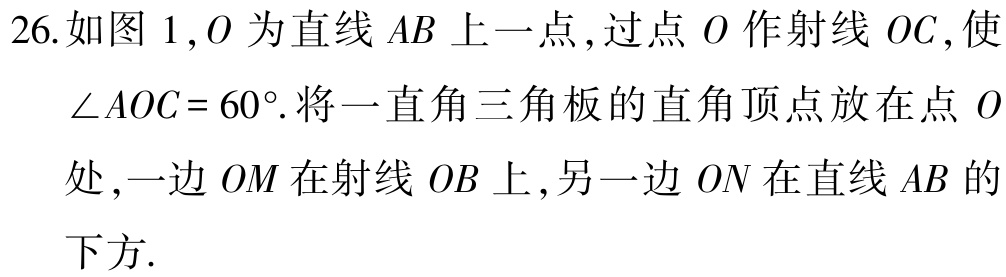
26.如图 1,$O$为直线$AB$上一点,过点$O$作射线$OC$,使

$\angle AOC = 60^{\circ}$.将一直角三角板的直角顶点放在点$O$

处,一边$OM$在射线$OB$上,另一边$ON$在直线$AB$的

下方.